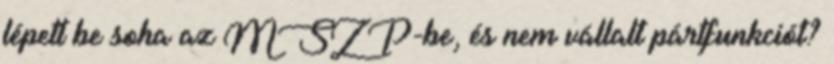
lépett be soha az MSZP-be, és nem vállalt pártfunkciót?